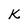
Character: K